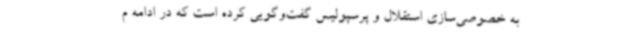
به خصوصی‌سازی استقلال و پرسپولیس گفت‌وگویی کرده است که در ادامه م